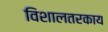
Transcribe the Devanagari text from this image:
विशालतरकाय